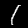
Digit: 1